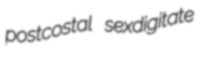
postcostal sexdigitate